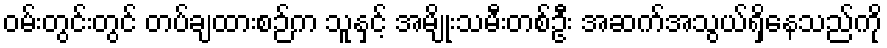
ဝမ်းတွင်းတွင် တပ်ချထားစဉ်က သူနှင့် အမျိုးသမီးတစ်ဦး အဆက်အသွယ်ရှိနေသည်ကို